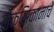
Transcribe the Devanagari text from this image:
मेक्सिकानाचे